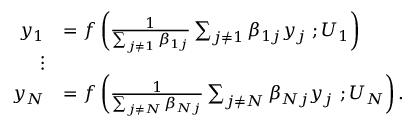
\begin{array} { r l } { y _ { 1 } } & { = f \left( \frac { 1 } { \sum _ { j \neq 1 } \beta _ { 1 j } } \sum _ { j \neq 1 } \beta _ { 1 j } y _ { j } \ ; U _ { 1 } \right) } \\ { \vdots } & { } \\ { y _ { N } } & { = f \left( \frac { 1 } { \sum _ { j \neq N } \beta _ { N j } } \sum _ { j \neq N } \beta _ { N j } y _ { j } \ ; U _ { N } \right) . } \end{array}